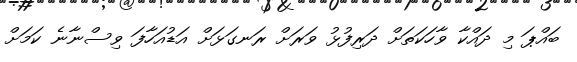
ބައްޕަ މި ދައްކާ ވާހަކަތަށް ދަރިފުޅު ވަރަށް ރަނގަޅަށް އަޑުއަހާފަ ވިސްނާނެ ކަމަށް